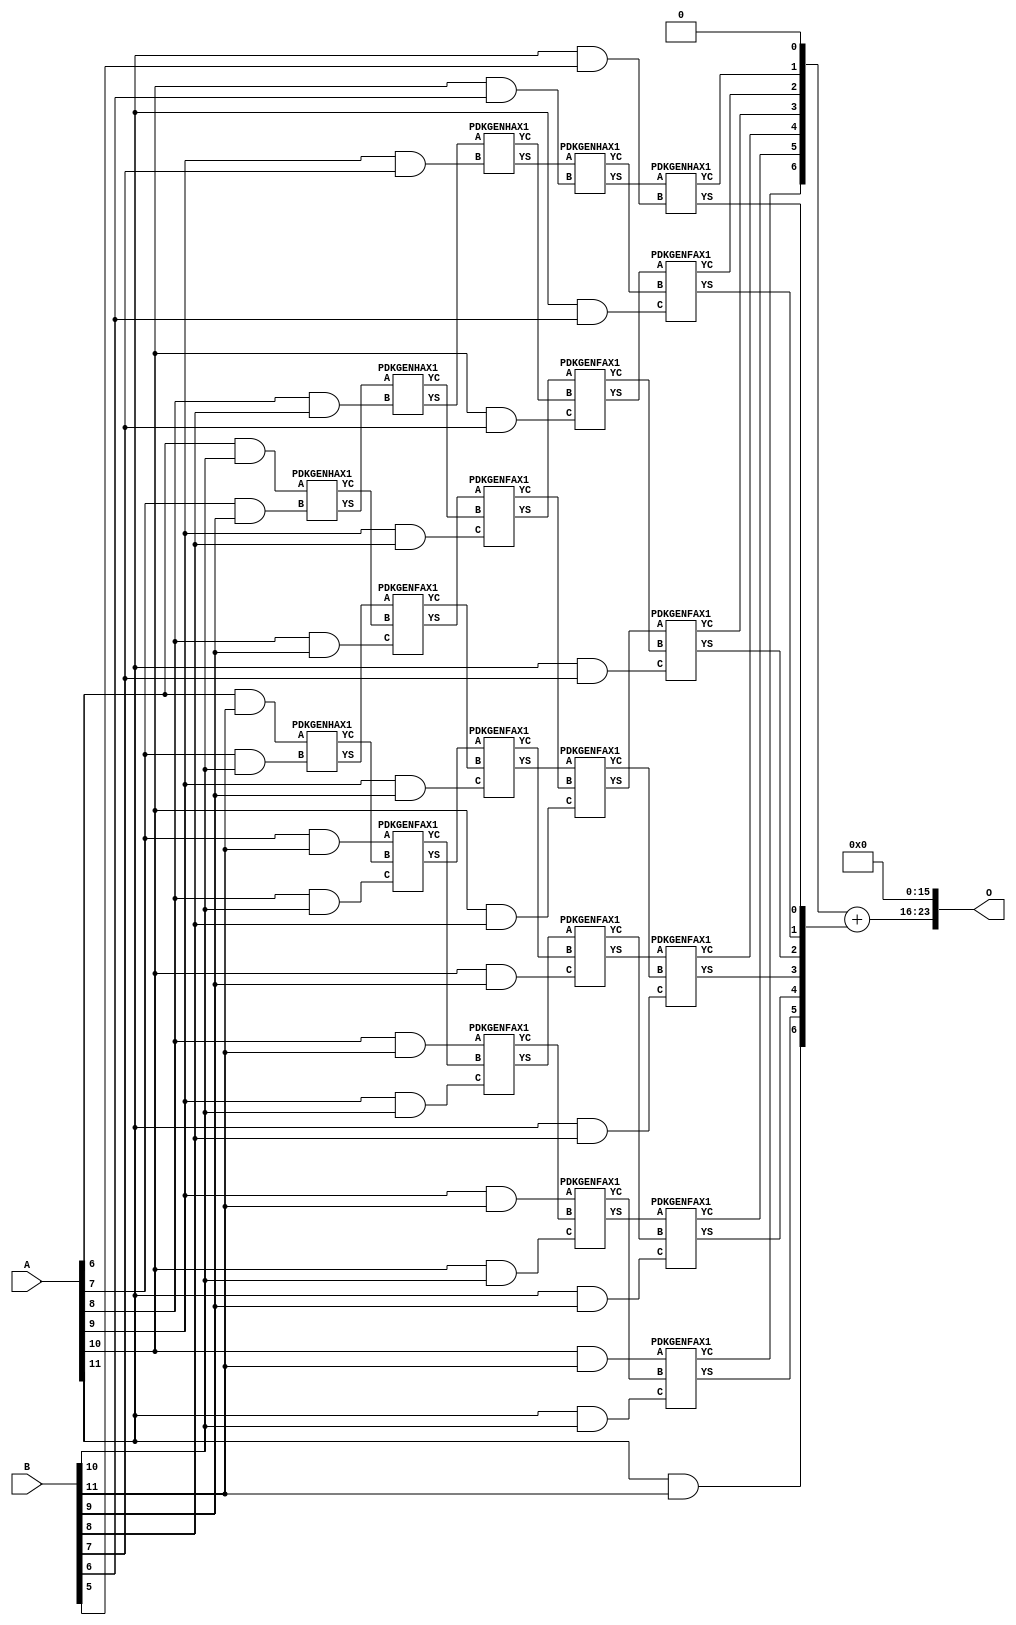
/***
* This code is a part of EvoApproxLib library (ehw.fit.vutbr.cz/approxlib) distributed under The MIT License.
* When used, please cite the following article(s): PRABAKARAN B. S., MRAZEK V., VASICEK Z., SEKANINA L., SHAFIQUE M. ApproxFPGAs: Embracing ASIC-based Approximate Arithmetic Components for FPGA-Based Systems. DAC 2020. 
***/
// MAE% = 0.96 %
// MAE = 161792 
// WCE% = 3.86 %
// WCE = 647169 
// WCRE% = 100.00 %
// EP% = 99.95 %
// MRE% = 12.42 %
// MSE = 33191.153e6 
// FPGA_POWER = 0.52
// FPGA_DELAY = 10
// FPGA_LUT = 27


module mul12u_2V4 ( A, B, O );
  input [11:0] A;
  input [11:0] B;
  output [23:0] O;

  wire C_10_10,C_10_6,C_10_7,C_10_8,C_10_9,C_11_10,C_11_5,C_11_6,C_11_7,C_11_8,C_11_9,C_7_10,C_7_9,C_8_10,C_8_8,C_8_9,C_9_10,C_9_7,C_9_8,C_9_9,S_10_10,S_10_11,S_10_6,S_10_7,S_10_8,S_10_9,S_11_10,S_11_11,S_11_5,S_11_6,S_11_7,S_11_8,S_11_9,S_12_10,S_12_11,S_12_4,S_12_5,S_12_6,S_12_7,S_12_8,S_12_9,S_6_10,S_6_11,S_7_10,S_7_11,S_7_9,S_8_10,S_8_11,S_8_8,S_8_9,S_9_10,S_9_11,S_9_7,S_9_8,S_9_9;

  assign S_6_10 = (A[6] & B[10]);
  assign S_6_11 = (A[6] & B[11]);
  PDKGENHAX1 U317926 (.A(S_6_10), .B((A[7] & B[9])), .YS(S_7_9), .YC(C_7_9));
  PDKGENHAX1 U317927 (.A(S_6_11), .B((A[7] & B[10])), .YS(S_7_10), .YC(C_7_10));
  assign S_7_11 = (A[7] & B[11]);
  PDKGENHAX1 U317937 (.A(S_7_9), .B((A[8] & B[8])), .YS(S_8_8), .YC(C_8_8));
  PDKGENFAX1 U317938 (.A(S_7_10), .B(C_7_9), .C((A[8] & B[9])), .YS(S_8_9), .YC(C_8_9));
  PDKGENFAX1 U317939 (.A(S_7_11), .B(C_7_10), .C((A[8] & B[10])), .YS(S_8_10), .YC(C_8_10));
  assign S_8_11 = (A[8] & B[11]);
  PDKGENHAX1 U317948 (.A(S_8_8), .B((A[9] & B[7])), .YS(S_9_7), .YC(C_9_7));
  PDKGENFAX1 U317949 (.A(S_8_9), .B(C_8_8), .C((A[9] & B[8])), .YS(S_9_8), .YC(C_9_8));
  PDKGENFAX1 U317950 (.A(S_8_10), .B(C_8_9), .C((A[9] & B[9])), .YS(S_9_9), .YC(C_9_9));
  PDKGENFAX1 U317951 (.A(S_8_11), .B(C_8_10), .C((A[9] & B[10])), .YS(S_9_10), .YC(C_9_10));
  assign S_9_11 = (A[9] & B[11]);
  PDKGENHAX1 U317959 (.A(S_9_7), .B((A[10] & B[6])), .YS(S_10_6), .YC(C_10_6));
  PDKGENFAX1 U317960 (.A(S_9_8), .B(C_9_7), .C((A[10] & B[7])), .YS(S_10_7), .YC(C_10_7));
  PDKGENFAX1 U317961 (.A(S_9_9), .B(C_9_8), .C((A[10] & B[8])), .YS(S_10_8), .YC(C_10_8));
  PDKGENFAX1 U317962 (.A(S_9_10), .B(C_9_9), .C((A[10] & B[9])), .YS(S_10_9), .YC(C_10_9));
  PDKGENFAX1 U317963 (.A(S_9_11), .B(C_9_10), .C((A[10] & B[10])), .YS(S_10_10), .YC(C_10_10));
  assign S_10_11 = (A[10] & B[11]);
  PDKGENHAX1 U317970 (.A(S_10_6), .B((A[11] & B[5])), .YS(S_11_5), .YC(C_11_5));
  PDKGENFAX1 U317971 (.A(S_10_7), .B(C_10_6), .C((A[11] & B[6])), .YS(S_11_6), .YC(C_11_6));
  PDKGENFAX1 U317972 (.A(S_10_8), .B(C_10_7), .C((A[11] & B[7])), .YS(S_11_7), .YC(C_11_7));
  PDKGENFAX1 U317973 (.A(S_10_9), .B(C_10_8), .C((A[11] & B[8])), .YS(S_11_8), .YC(C_11_8));
  PDKGENFAX1 U317974 (.A(S_10_10), .B(C_10_9), .C((A[11] & B[9])), .YS(S_11_9), .YC(C_11_9));
  PDKGENFAX1 U317975 (.A(S_10_11), .B(C_10_10), .C((A[11] & B[10])), .YS(S_11_10), .YC(C_11_10));
  assign S_11_11 = (A[11] & B[11]);
  assign {S_12_11, S_12_10, S_12_9, S_12_8, S_12_7, S_12_6, S_12_5, S_12_4} = {C_11_10, C_11_9, C_11_8, C_11_7, C_11_6, C_11_5, 1'b0} + {S_11_11, S_11_10, S_11_9, S_11_8, S_11_7, S_11_6, S_11_5};
  assign O = {S_12_11,S_12_10,S_12_9,S_12_8,S_12_7,S_12_6,S_12_5,S_12_4,1'b0,1'b0,1'b0,1'b0,1'b0,1'b0,1'b0,1'b0,1'b0,1'b0,1'b0,1'b0,1'b0,1'b0,1'b0,1'b0};

endmodule

/* mod */
module PDKGENHAX1( input A, input B, output YS, output YC );
    assign YS = A ^ B;
    assign YC = A & B;
endmodule
/* mod */
module PDKGENFAX1( input A, input B, input C, output YS, output YC );
    assign YS = (A ^ B) ^ C;
    assign YC = (A & B) | (B & C) | (A & C);
endmodule